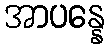
အာပန္နေ